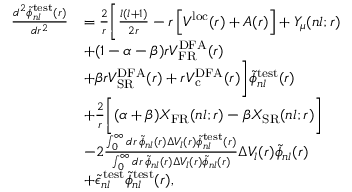
\begin{array} { r l } { \frac { d ^ { 2 } \widetilde { \phi } _ { n l } ^ { \mathrm { t e s t } } ( r ) } { d r ^ { 2 } } } & { = \frac { 2 } { r } \bigg [ \frac { l ( l + 1 ) } { 2 r } - r \left[ V ^ { \mathrm { l o c } } ( r ) + A ( r ) \right] + Y _ { \mu } ( n l ; r ) } \\ & { + ( 1 - \alpha - \beta ) r V _ { \mathrm { F R } } ^ { \mathrm { D F A } } ( r ) } \\ & { + \beta r V _ { \mathrm { S R } } ^ { \mathrm { D F A } } ( r ) + r V _ { \mathrm { c } } ^ { \mathrm { D F A } } ( r ) \bigg ] \widetilde { \phi } _ { n l } ^ { \mathrm { t e s t } } ( r ) } \\ & { + \frac { 2 } { r } \bigg [ ( \alpha + \beta ) X _ { \mathrm { F R } } ( n l ; r ) - \beta X _ { \mathrm { { S R } } } ( n l ; r ) \bigg ] } \\ & { - 2 \frac { \int _ { 0 } ^ { \infty } d r \, \widetilde { \phi } _ { n l } ( r ) \Delta V _ { l } ( r ) \widetilde { \phi } _ { n l } ^ { \mathrm { t e s t } } ( r ) } { \int _ { 0 } ^ { \infty } d r \, \widetilde { \phi } _ { n l } ( r ) \Delta V _ { l } ( r ) \widetilde { \phi } _ { n l } ( r ) } \Delta V _ { l } ( r ) \widetilde { \phi } _ { n l } ( r ) } \\ & { + \widetilde { \epsilon } _ { n l } ^ { \mathrm { \, t e s t } } \widetilde { \phi } _ { n l } ^ { \mathrm { t e s t } } ( r ) , } \end{array}